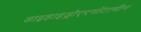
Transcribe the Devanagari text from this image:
डाइहाइड्रोएरगॉटामीन